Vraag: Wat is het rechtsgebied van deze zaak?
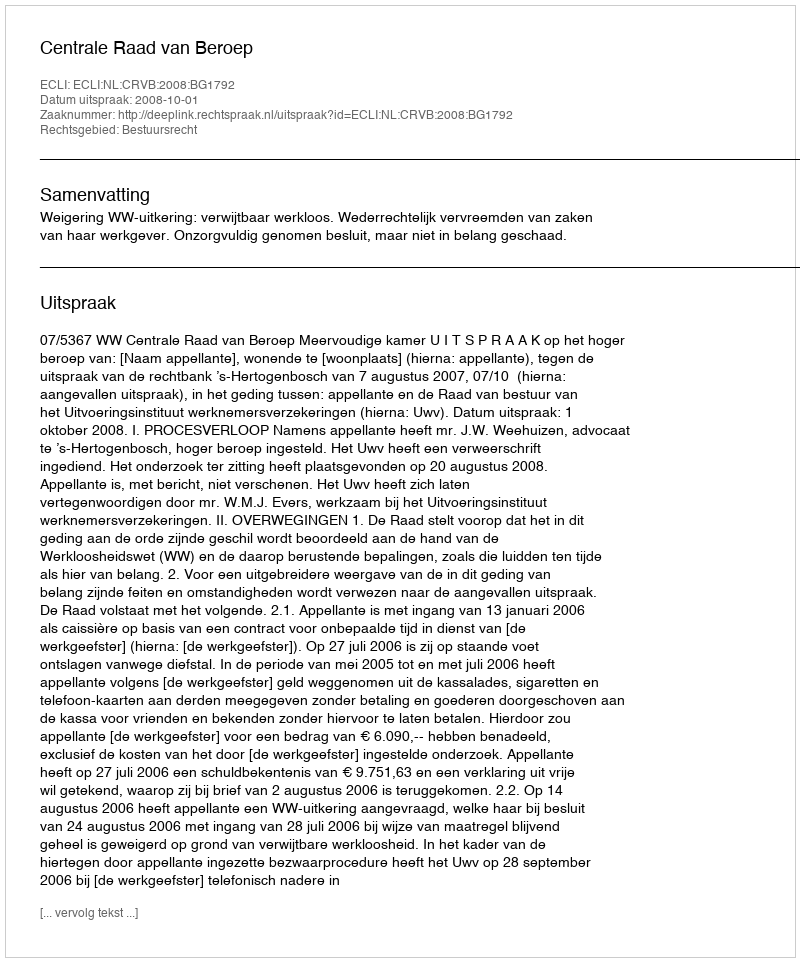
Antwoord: Bestuursrecht